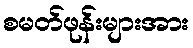
စမတ်ဖုန်းများအား